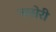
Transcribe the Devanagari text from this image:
नासेरी